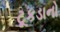
ટૂકડાનો